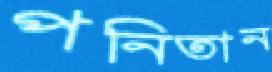
পনিতান